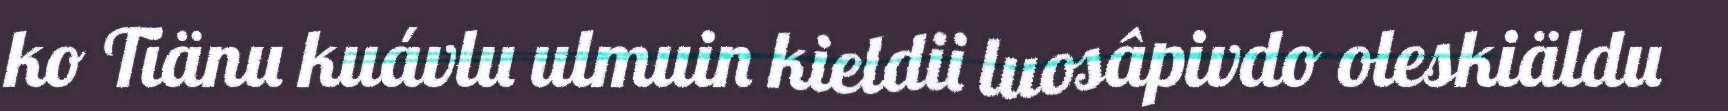
ko Tiänu kuávlu ulmuin kieldii luosâpivdo oleskiäldu